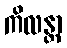
ကိလန္တာ